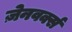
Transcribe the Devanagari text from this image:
ज़ेनवर्क्स